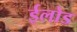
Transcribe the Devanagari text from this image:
ईलोड